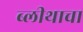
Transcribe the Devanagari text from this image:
ब्लीथाचा